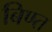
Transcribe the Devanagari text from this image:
बिण्त